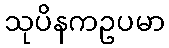
သုပိနကဥပမာ